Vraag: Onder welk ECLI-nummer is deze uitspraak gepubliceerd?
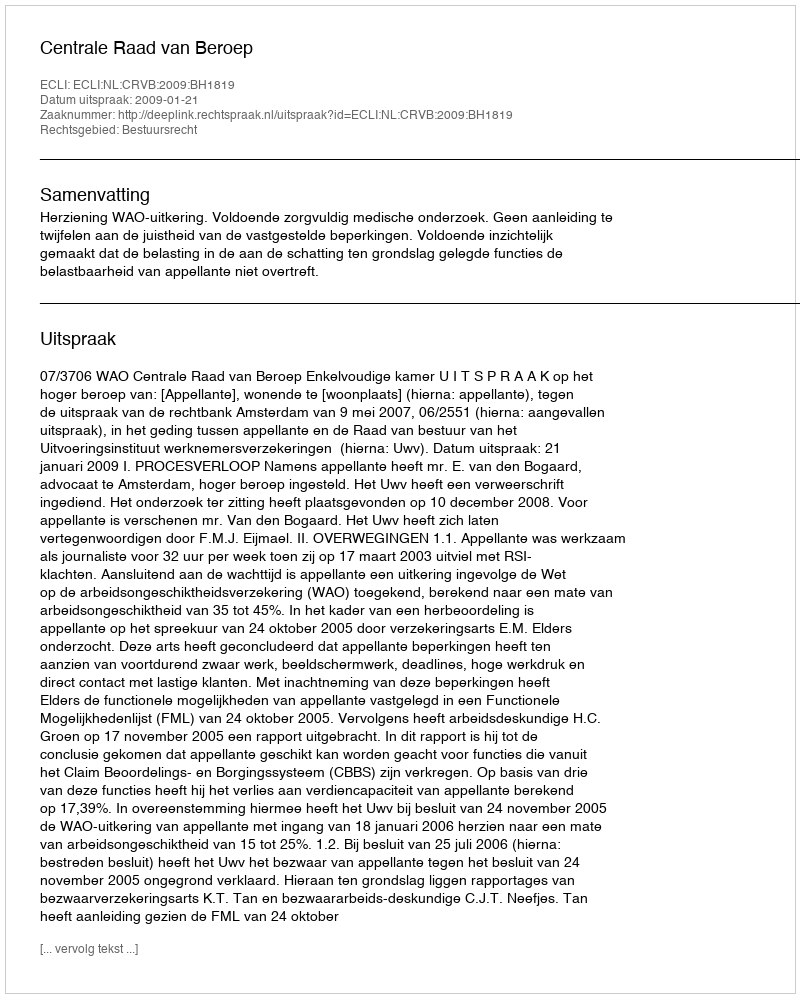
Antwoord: ECLI:NL:CRVB:2009:BH1819